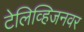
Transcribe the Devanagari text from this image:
टेलिव्हिजनवर